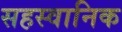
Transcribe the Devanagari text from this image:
सहस्वानिक